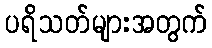
ပရိသတ်များအတွက်